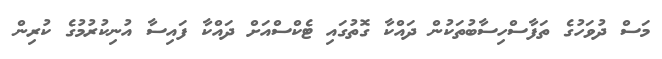
މަސް ދުވަހުގެ ތަފާސްހިސާބުތަކުން ދައްކާ ގޮތުގައި ޓެކްސްއަށް ދައްކާ ފައިސާ އުނިކުރުމުގެ ކުރިން